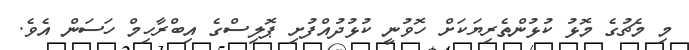
މި މެޗުގެ މޮޅު ކުޅުންތެރިޔަކަށް ހޮވުނީ ކުޅުދުއްފުށި ޕޮލިސްގެ އިބްރާހިމް ހަސަން އެވެ.